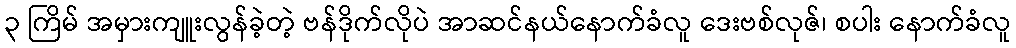
၃ ကြိမ် အမှားကျူးလွန်ခဲ့တဲ့ ဗန်ဒိုက်လိုပဲ အာဆင်နယ်နောက်ခံလူ ဒေးဗစ်လုဇ်၊ စပါး နောက်ခံလူ